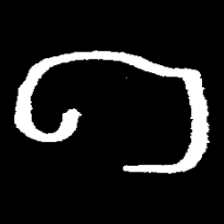
Pyu character \u2014 Myanmar letter: ဂ (romanized: ga)